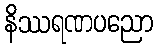
နိဿရဏပညော